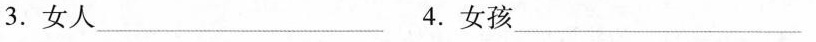
3. 女人___ 4. 女孩___